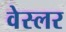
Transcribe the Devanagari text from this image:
वेस्लर